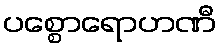
ပစ္စောရောဟဏီ